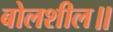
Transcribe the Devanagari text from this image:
बोलशील॥